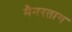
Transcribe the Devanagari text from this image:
मैनरताग